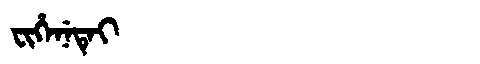
Manchu: ᠸᡳᡥᡝᠨᡝᡨᡝᡳ
Romanization: FIHENETEI